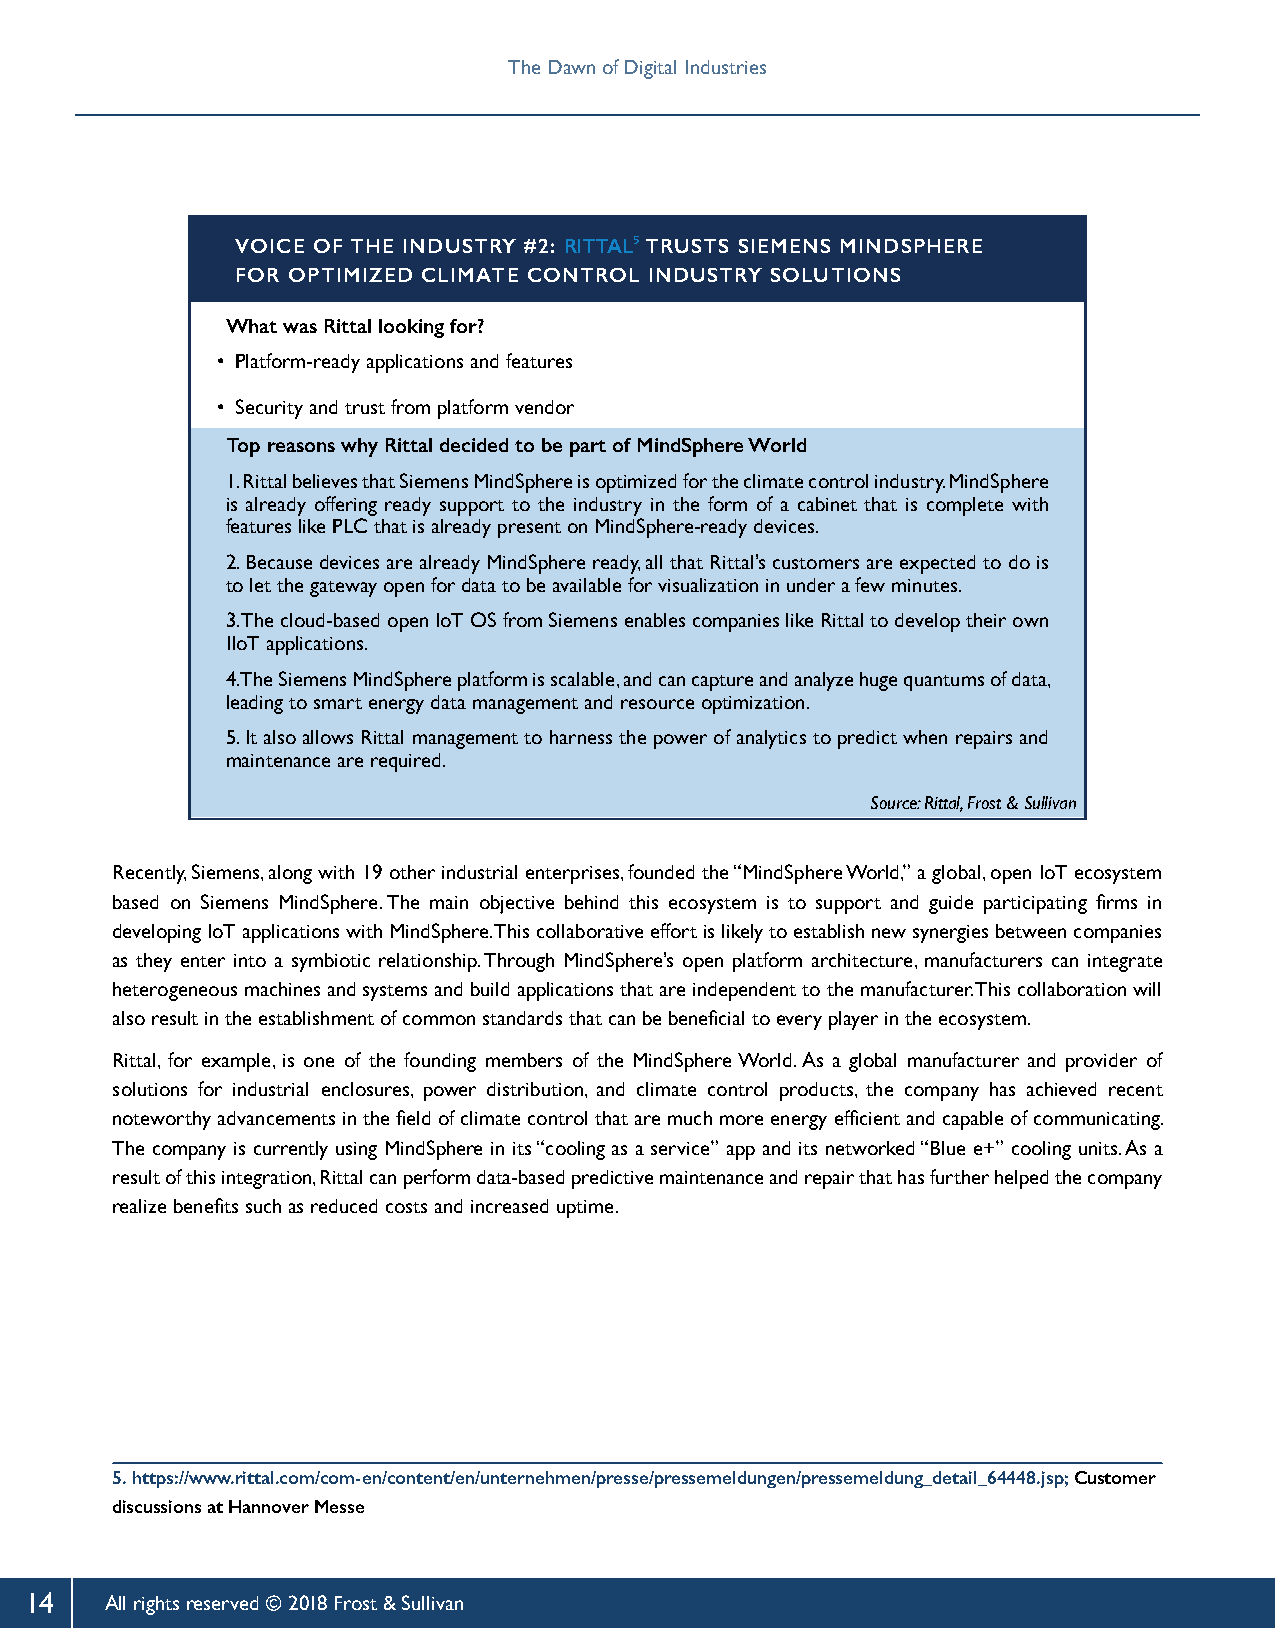
The Dawn of Digital Industries
 VOICE OF THE INDUSTRY #2: RITTAL⁵ TRUSTS SIEMENS MINDSPHERE
 FOR OPTIMIZED CLIMATE CONTROL INDUSTRY SOLUTIONS
 What was Rittal looking for?
 • Platform-ready applications and features
 • Security and trust from platform vendor
 Top reasons why Rittal decided to be part of MindSphere World
 1. Rittal believes that Siemens MindSphere is optimized for the climate control industry. MindSphere
 is already offering ready support to the industry in the form of a cabinet that is complete with
 features like PLC that is already present on MindSphere-ready devices.
 2. Because devices are already MindSphere ready, all that Rittal’s customers are expected to do is
 to let the gateway open for data to be available for visualization in under a few minutes.
 3. The cloud-based open IoT OS from Siemens enables companies like Rittal to develop their own
 IIoT applications.
 4. The Siemens MindSphere platform is scalable, and can capture and analyze huge quantums of data,
 leading to smart energy data management and resource optimization.
 5. It also allows Rittal management to harness the power of analytics to predict when repairs and
 maintenance are required.
 Source: Rittal, Frost & Sullivan
 Recently, Siemens, along with 19 other industrial enterprises, founded the “MindSphere World,” a global, open IoT ecosystem
 based on Siemens MindSphere. The main objective behind this ecosystem is to support and guide participating firms in
 developing IoT applications with MindSphere. This collaborative effort is likely to establish new synergies between companies
 as they enter into a symbiotic relationship. Through MindSphere’s open platform architecture, manufacturers can integrate
 heterogeneous machines and systems and build applications that are independent to the manufacturer. This collaboration will
 also result in the establishment of common standards that can be beneficial to every player in the ecosystem.
 Rittal, for example, is one of the founding members of the MindSphere World. As a global manufacturer and provider of
 solutions for industrial enclosures, power distribution, and climate control products, the company has achieved recent
 noteworthy advancements in the field of climate control that are much more energy efficient and capable of communicating.
 The company is currently using MindSphere in its “cooling as a service” app and its networked “Blue e+” cooling units. As a
 result of this integration, Rittal can perform data-based predictive maintenance and repair that has further helped the company
 realize benefits such as reduced costs and increased uptime.
 5. https://www.rittal.com/com-en/content/en/unternehmen/presse/pressemeldungen/pressemeldung_detail_64448.jsp; Customer
 discussions at Hannover Messe
 14   All rights reserved © 2018 Frost & Sullivan